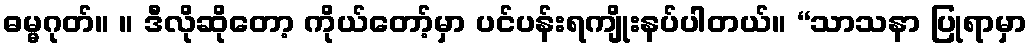
ဓမ္မဂုတ်။ ။ ဒီလိုဆိုတော့ ကိုယ်တော့်မှာ ပင်ပန်းရကျိုးနပ်ပါတယ်။ “သာသနာ ပြုရာမှာ